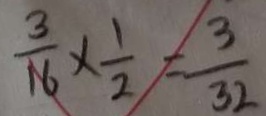
\frac { 3 } { 1 6 } \times \frac { 1 } { 2 } = \frac { 3 } { 3 2 }